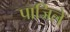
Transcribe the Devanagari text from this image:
पाजिले